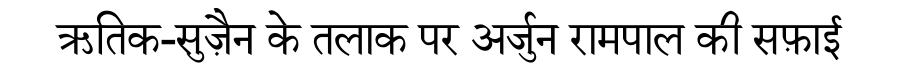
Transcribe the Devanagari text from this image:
ऋतिक-सुज़ैन के तलाक पर अर्जुन रामपाल की सफ़ाई